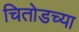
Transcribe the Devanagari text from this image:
चितोडच्या